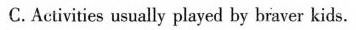
C.Activities usually played by braver kids.